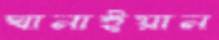
ঘানাইয়ান